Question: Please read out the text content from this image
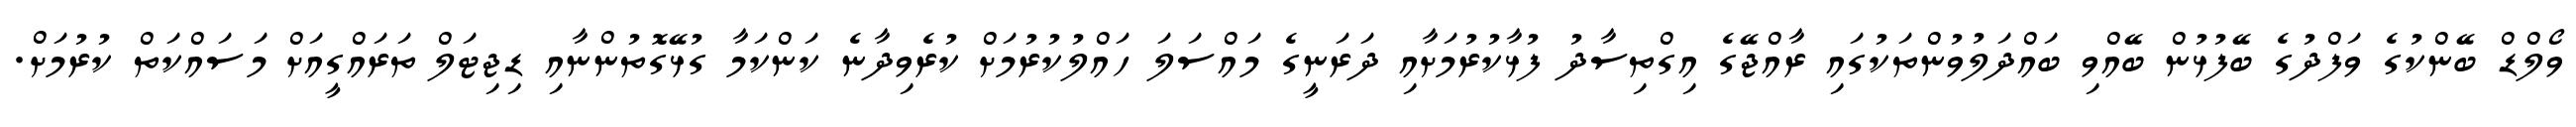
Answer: ވޯލްޑް ބޭންކުގެ ވަފްދުގެ ބޭފުޅުން ބޭއްވި ބައްދަލުވުންތަކުގައި ރާއްޖޭގެ އިގްތިސާދު ފުޅާކުރުމަށާއި ދަރަނީގެ މައްސަލަ ހައްލުކުރުމަށް ކުރެވިދާނެ ކަންކަމާ ގުޅޭގޮތުންނާއި ޑިޖިޓަލް ތަރައްގީއަށް މަސައްކަތް ކުރުމަށް.